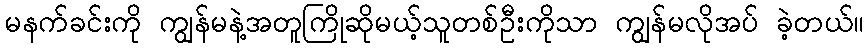
မနက်ခင်းကို ကျွန်မနဲ့အတူကြိုဆိုမယ့်သူတစ်ဦးကိုသာ ကျွန်မလိုအပ် ခဲ့တယ်။